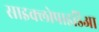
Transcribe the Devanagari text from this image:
साइक्लोपाइडिआ